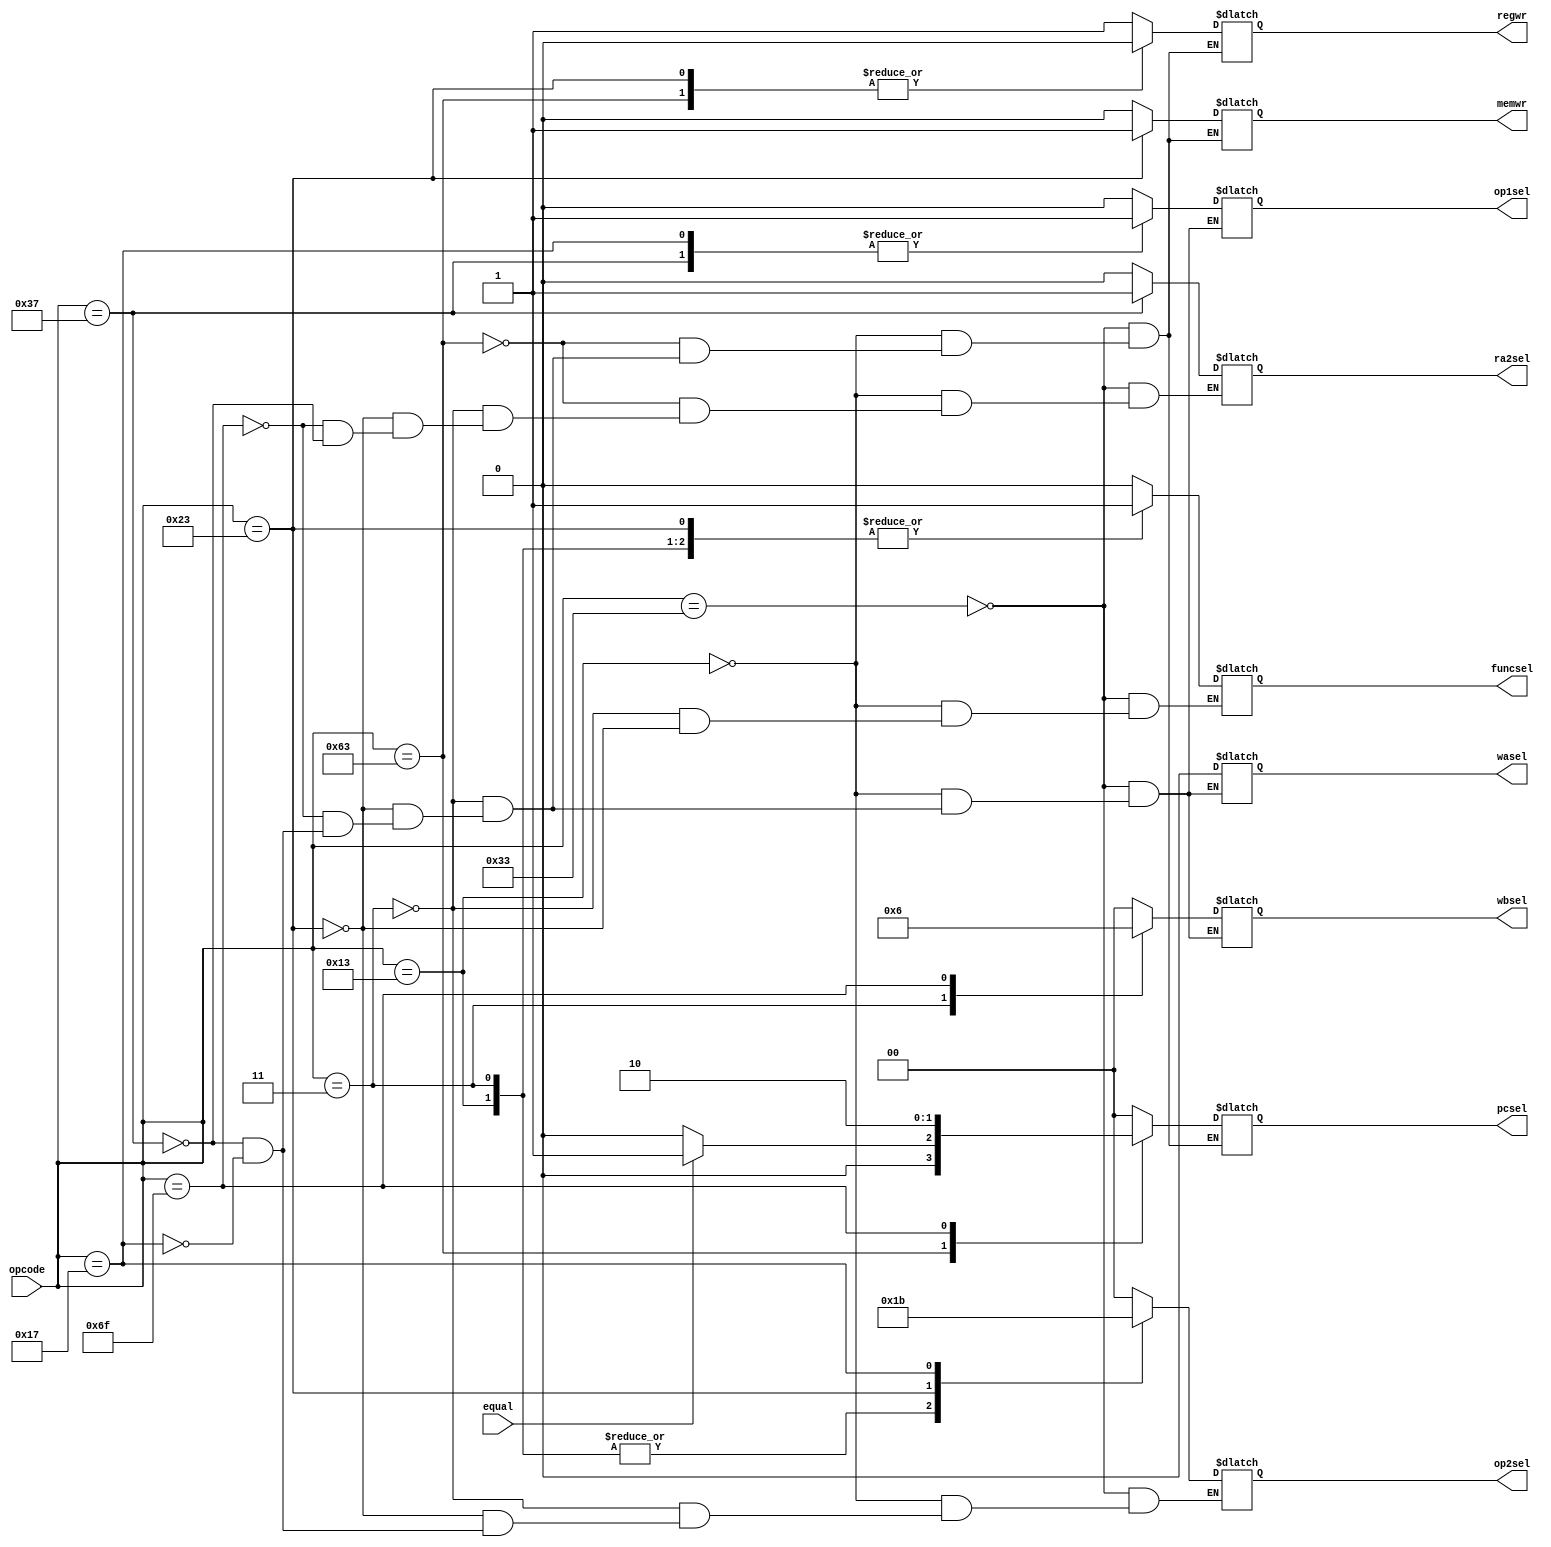
//decodes operations
module decoder(
	opcode,
	equal,
	op1sel, //0 = reg 1 = upperimm
	op2sel, //0 = reg 1 = itypeimm 2 =stypeimm 3 = pc+4
	funcsel, //0 = reg 1 = immediate
	memwr,
	regwr,
	ra2sel, // rs1 = 0 rd = 1
	wasel, // rd = 0 x1 = 1
	wbsel, // alu = 0 mem = 1 pc+4 = 2
	pcsel // pc = 0  br = 1 jump = 2 
);
input wire [6:0] opcode;
input wire equal;
output reg op1sel;
output reg [1:0] op2sel;
output reg ra2sel;
output reg funcsel;
output reg memwr;
output reg regwr;
output reg wasel;
output reg [1:0] wbsel;
output reg [1:0] pcsel;
always @* begin
	case(opcode)
		7'b0110011: //ALU
			begin
			ra2sel = 0; //rs2 addr = rs2 addr	
			op1sel = 0; //op1 = rs1		
			op2sel = 0; //op2 = rs2
			funcsel = 0; 
			memwr = 0;
			regwr = 1;
			wbsel = 0; //write reg from alu 
			wasel = 0; //write to rd
			pcsel = 0; //pc+4
			end
		7'b0010011: //ALUi	
			begin
			ra2sel = 0; //rs2 addr = rs2 addr	
			op1sel = 0; //op1 = rs1
			op2sel = 1; //op2 = ity[e o,, 
			funcsel = 1; //
			memwr = 0;
			regwr = 1;
			wbsel = 0; //write reg from alu 
			wasel = 0; //write to rd
			pcsel = 0; //pc+4
			end
		7'b1100011: //Branch
			begin
			ra2sel = 0; //rs2 addr = rs2 addr	
			memwr = 0;	
			regwr = 0;
			if(equal)
				pcsel = 1; //branch
			else
				pcsel = 0; //pc+4
			end
		7'b0000011: //Load
			begin
			ra2sel = 0; //rs2 addr = rs2 addr	
			op1sel = 0; //op1 = rs1
			op2sel = 1; //op2 = itype imm
			funcsel = 1;
			memwr = 0;
			regwr = 1; 
			wbsel = 1; //write from mem to reg
			wasel = 0; //write to rd
			pcsel = 0;
			end	
		7'b0100011: //Store
			begin
			ra2sel = 0; //rs2 addr = rs2 addr	
			op1sel = 0;
			op2sel = 2; //op2 = stype imm
			funcsel = 1;
			memwr = 1;
			regwr = 0;
			wbsel = 0; //write from alu to reg 
			wasel = 0; //write to rd
			pcsel = 0;
			end	
		7'b1101111: //Jump and link relative (jalr)
			begin
			ra2sel = 0; //rs2 addr = rs2 addr	
			op1sel = 0;
			memwr = 0;
			regwr = 1;
			wbsel = 2; //write pc+4 to reg
			wasel = 0; //write to rd
			pcsel = 2;
			end
		7'b1101111: //Jump and link (jal)
			begin
			ra2sel = 0; //rs2 addr = rs2 addr	
			op1sel = 0;
			memwr = 0;	
			regwr = 0;	
			wbsel = 2; //write pc+4 to reg
			wasel = 1; //write to x1 reg
			pcsel = 2;
			end
		7'b0110111: //load upper immediate
			begin
			ra2sel = 1; //rs2 addr = rd addr
			op1sel = 1; //upper immediate
			op2sel = 0; //register
			regwr = 1;	
			memwr = 0;	
			wasel = 0; //write to rd reg
			wbsel = 0; //write to reg from alu
			pcsel = 0; //pc+4
			end
		7'b0010111: //add upper immediate program counter
			begin
			op1sel = 1; //upper immediate
			op2sel = 3; //pc
			regwr = 1;	
			memwr = 0;	
			wasel = 0; //write to rd reg
			wbsel = 0; //write to reg from alu
			pcsel = 0; //pc+4
			end
		
	endcase
end
endmodule